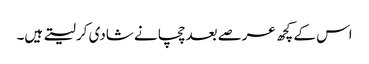
اس کے کچھ عرصے بعد چچا نے شادی کر لیتے ہیں۔